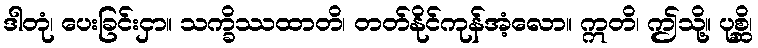
ဒါတုံ၊ ပေးခြင်းငှာ။ သက္ခိဿထာတိ၊ တတ်နိုင်ကုန်အံ့လော။ ဣတိ၊ ဤသို့။ ပုစ္ဆိ၊